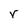
Character: v